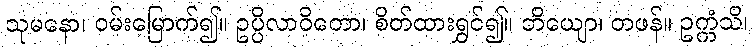
သုမနော၊ ဝမ်းမြောက်၍။ ဥပ္ပိလာဝိတော၊ စိတ်ထားရွှင်၍။ ဘိယျော၊ တဖန်။ ဥက္ကံသိ၊